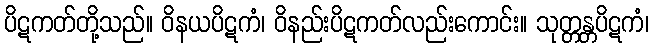
ပိဋကတ်တို့သည်။ ဝိနယပိဋကံ၊ ဝိနည်းပိဋကတ်လည်းကောင်း။ သုတ္တန္တပိဋကံ၊